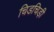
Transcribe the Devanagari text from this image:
चिडचिड़ी